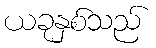
ယခုနှစ်သည်